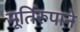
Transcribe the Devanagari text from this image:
मूर्तिरूपाने